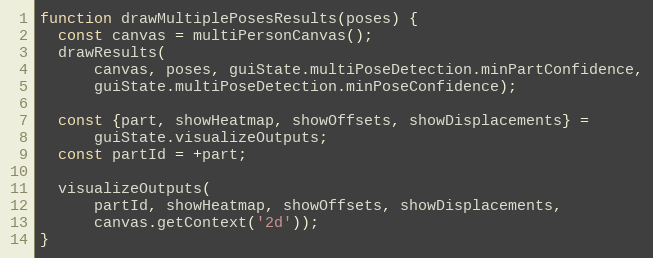
Language: JavaScript
function drawMultiplePosesResults(poses) {
  const canvas = multiPersonCanvas();
  drawResults(
      canvas, poses, guiState.multiPoseDetection.minPartConfidence,
      guiState.multiPoseDetection.minPoseConfidence);

  const {part, showHeatmap, showOffsets, showDisplacements} =
      guiState.visualizeOutputs;
  const partId = +part;

  visualizeOutputs(
      partId, showHeatmap, showOffsets, showDisplacements,
      canvas.getContext('2d'));
}